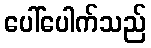
ပေါ်ပေါက်သည်